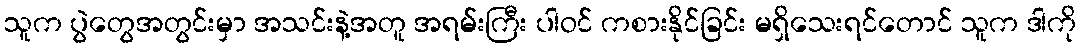
သူက ပွဲတွေအတွင်းမှာ အသင်းနဲ့အတူ အရမ်းကြီး ပါဝင် ကစားနိုင်ခြင်း မရှိသေးရင်တောင် သူက ဒါကို